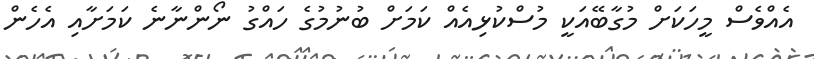
އެއްވެސް މީހަކަށް މުގާބޭއަކީ މުސްކުޅިއެއް ކަމަށް ބުނުމުގެ ހައްގު ނޯންނާނެ ކަމަށާއި އެހެން